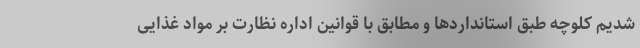
شدیم کلوچه طبق استانداردها و مطابق با قوانین اداره نظارت بر مواد غذایی